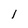
Character: l